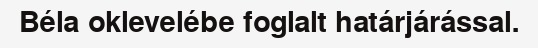
Béla oklevelébe foglalt határjárással.